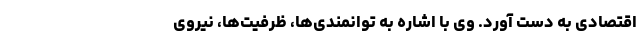
اقتصادی به دست آورد. وی با اشاره به توانمندی‌ها، ظرفیت‌ها، نیروی